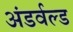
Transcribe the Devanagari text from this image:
अंडर्वल्ड